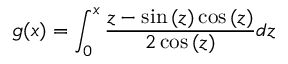
g ( x ) = \int _ { 0 } ^ { x } \frac { z - \sin { ( z ) } \cos { ( z ) } } { 2 \cos { ( z ) } } d z